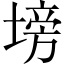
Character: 塝